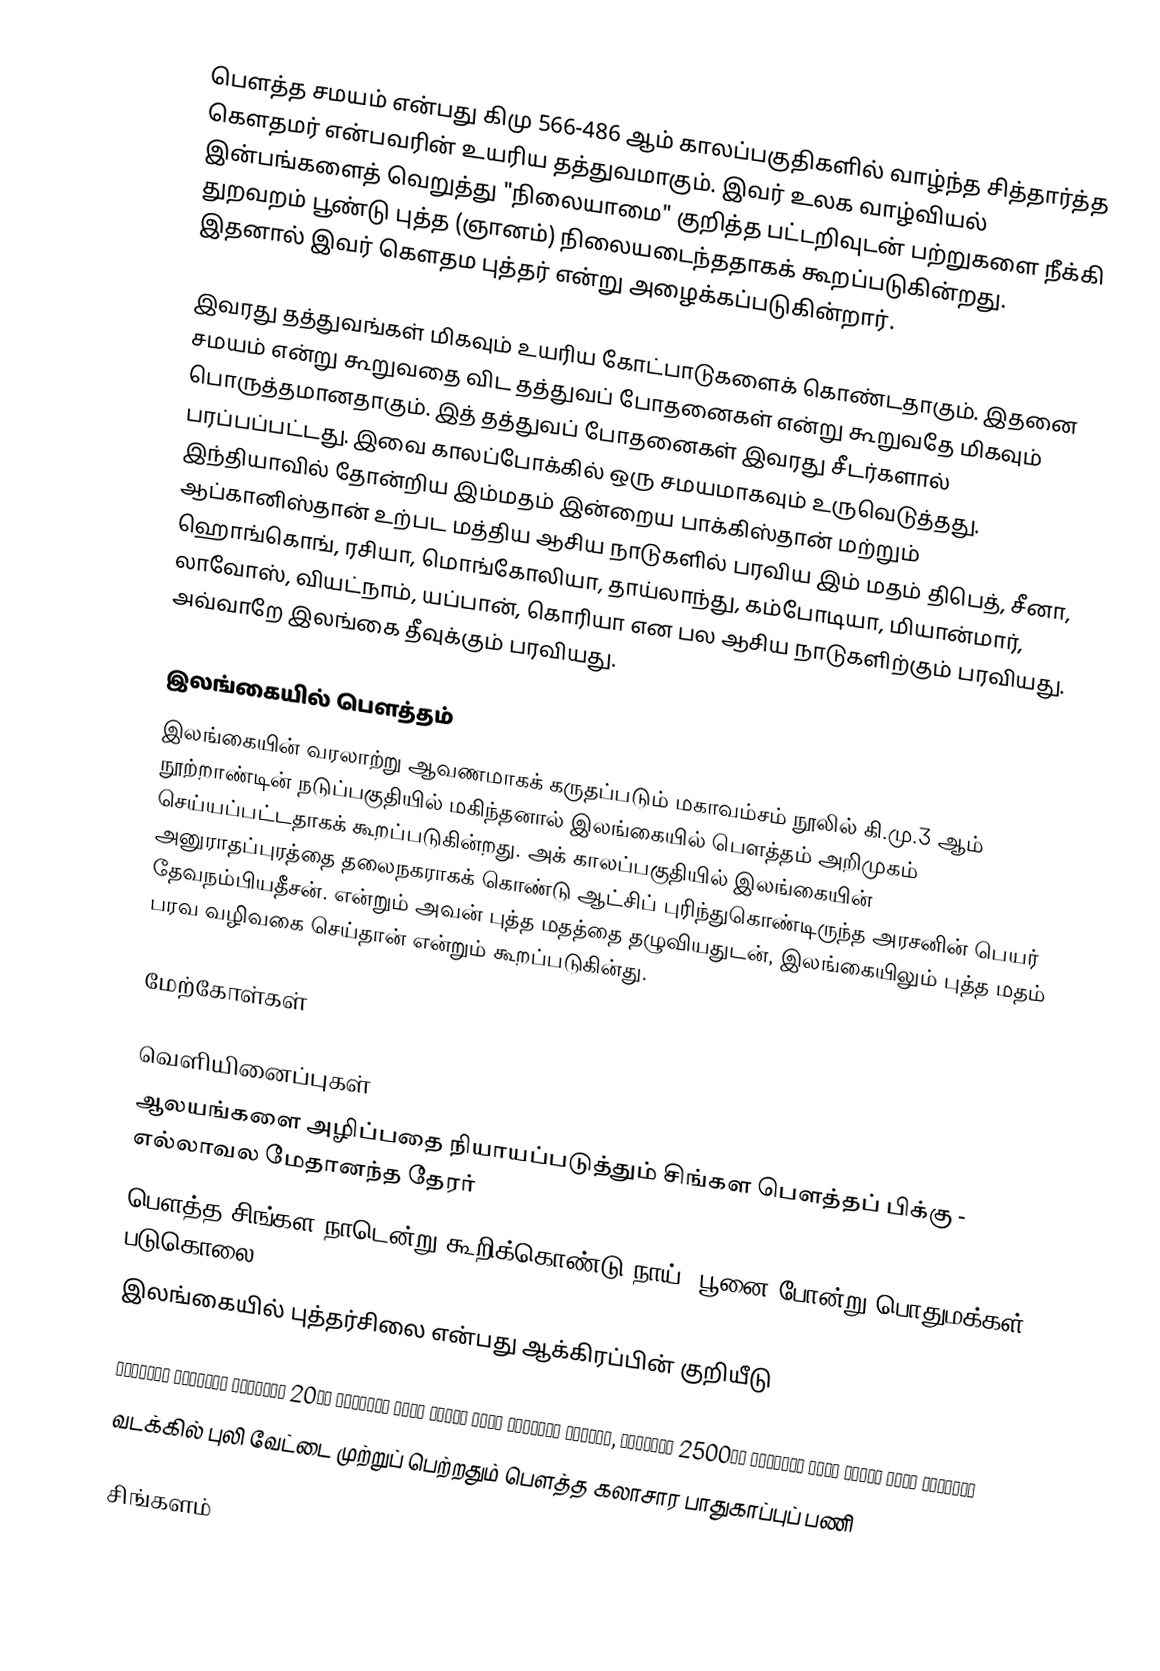
பௌத்த சமயம் என்பது கிமு 566-486 ஆம் காலப்பகுதிகளில் வாழ்ந்த சித்தார்த்த கௌதமர் என்பவரின் உயரிய தத்துவமாகும். இவர் உலக வாழ்வியல் இன்பங்களைத் வெறுத்து "நிலையாமை" குறித்த பட்டறிவுடன் பற்றுகளை நீக்கி துறவறம் பூண்டு புத்த (ஞானம்) நிலையடைந்ததாகக் கூறப்படுகின்றது. இதனால் இவர் கௌதம புத்தர் என்று அழைக்கப்படுகின்றார்.

இவரது தத்துவங்கள் மிகவும் உயரிய கோட்பாடுகளைக் கொண்டதாகும். இதனை சமயம் என்று கூறுவதை விட தத்துவப் போதனைகள் என்று கூறுவதே மிகவும் பொருத்தமானதாகும். இத் தத்துவப் போதனைகள் இவரது சீடர்களால் பரப்பப்பட்டது. இவை காலப்போக்கில் ஒரு சமயமாகவும் உருவெடுத்தது. இந்தியாவில் தோன்றிய இம்மதம் இன்றைய பாக்கிஸ்தான் மற்றும் ஆப்கானிஸ்தான் உற்பட மத்திய ஆசிய நாடுகளில் பரவிய இம் மதம் திபெத், சீனா, ஹொங்கொங், ரசியா, மொங்கோலியா, தாய்லாந்து, கம்போடியா, மியான்மார், லாவோஸ், வியட்நாம், யப்பான், கொரியா என பல ஆசிய நாடுகளிற்கும் பரவியது. அவ்வாறே இலங்கை தீவுக்கும் பரவியது.

இலங்கையில் பௌத்தம்
இலங்கையின் வரலாற்று  ஆவணமாகக் கருதப்படும் மகாவம்சம் நூலில் கி.மு.3 ஆம் நூற்றாண்டின் நடுப்பகுதியில் மகிந்தனால் இலங்கையில் பௌத்தம் அறிமுகம் செய்யப்பட்டதாகக் கூறப்படுகின்றது. அக் காலப்பகுதியில் இலங்கையின் அனுராதப்புரத்தை தலைநகராகக் கொண்டு ஆட்சிப் புரிந்துகொண்டிருந்த அரசனின் பெயர் தேவநம்பியதீசன். என்றும் அவன் புத்த மதத்தை தழுவியதுடன், இலங்கையிலும் புத்த மதம் பரவ வழிவகை செய்தான் என்றும் கூறப்படுகின்து.

மேற்கோள்கள்

வெளியினைப்புகள்
 ஆலயங்களை அழிப்பதை நியாயப்படுத்தும் சிங்கள பௌத்தப் பிக்கு - எல்லாவல மேதானந்த தேரர்
 பௌத்த சிங்கள நாடென்று கூறிக்கொண்டு நாய், பூனை போன்று பொதுமக்கள் படுகொலை
  இலங்கையில் புத்தர்சிலை என்பது ஆக்கிரப்பின் குறியீடு

 සිංහලයෝ කියන්නේ අවුරුදු 20ක් දෙමළුත් එක්ක යුද්ධ කරපු ජාතියක් නෙමෙයි, අවුරැදු 2500ක් දෙමළුත් එකක් යුද්ධ කරපු ජාතියක්
 வடக்கில் புலி வேட்டை முற்றுப் பெற்றதும் பௌத்த கலாசார பாதுகாப்புப் பணி

சிங்களம்